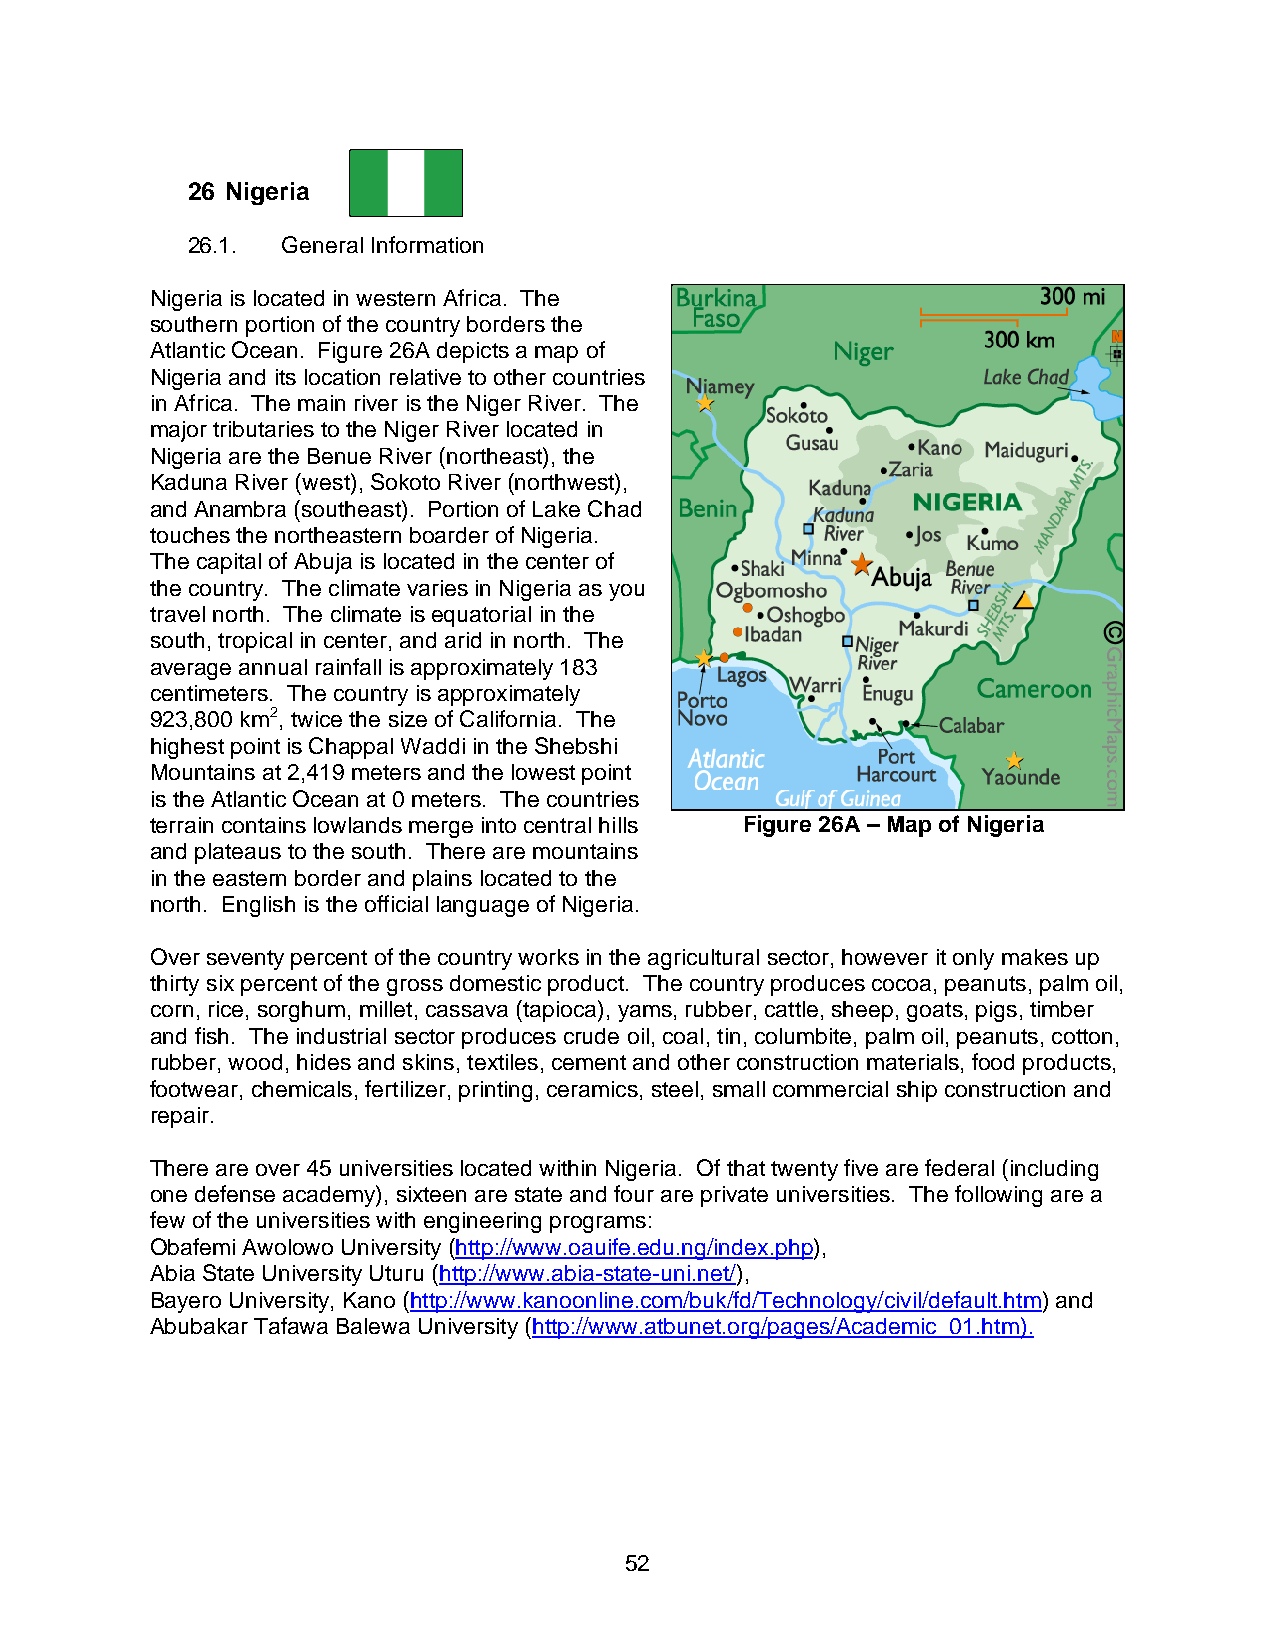
26 Nigeria
 26.1.  General Information
 Nigeria is located in western Africa. The
 southern portion of the country borders the
 Atlantic Ocean. Figure 26A depicts a map of
 Nigeria and its location relative to other countries
 in Africa. The main river is the Niger River. The
 major tributaries to the Niger River located in
 Nigeria are the Benue River (northeast), the
 Kaduna River (west), Sokoto River (northwest),
 and Anambra (southeast). Portion of Lake Chad
 touches the northeastern boarder of Nigeria.
 The capital of Abuja is located in the center of
 the country. The climate varies in Nigeria as you
 travel north. The climate is equatorial in the
 south, tropical in center, and arid in north. The
 average annual rainfall is approximately 183
 centimeters. The country is approximately
 923,800 km2, twice the size of California. The
 highest point is Chappal Waddi in the Shebshi
 Mountains at 2,419 meters and the lowest point
 is the Atlantic Ocean at 0 meters. The countries
 terrain contains lowlands merge into central hills Figure 26A – Map of Nigeria
 and plateaus to the south. There are mountains
 in the eastern border and plains located to the
 north. English is the official language of Nigeria.
 Over seventy percent of the country works in the agricultural sector, however it only makes up
 thirty six percent of the gross domestic product. The country produces cocoa, peanuts, palm oil,
 corn, rice, sorghum, millet, cassava (tapioca), yams, rubber, cattle, sheep, goats, pigs, timber
 and fish. The industrial sector produces crude oil, coal, tin, columbite, palm oil, peanuts, cotton,
 rubber, wood, hides and skins, textiles, cement and other construction materials, food products,
 footwear, chemicals, fertilizer, printing, ceramics, steel, small commercial ship construction and
 repair.
 There are over 45 universities located within Nigeria. Of that twenty five are federal (including
 one defense academy), sixteen are state and four are private universities. The following are a
 few of the universities with engineering programs:
 Obafemi Awolowo University (http://www.oauife.edu.ng/index.php),
 Abia State University Uturu (http://www.abia-state-uni.net/),
 Bayero University, Kano (http://www.kanoonline.com/buk/fd/Technology/civil/default.htm) and
 Abubakar Tafawa Balewa University (http://www.atbunet.org/pages/Academic_01.htm).
 52